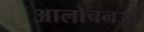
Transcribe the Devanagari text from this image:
आलोचनओं